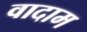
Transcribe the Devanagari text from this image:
वादाम